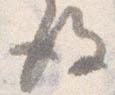
後